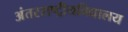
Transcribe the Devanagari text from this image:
अंतरराष्ट्रीयविद्यालय